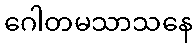
ဂေါတမသာသနေ